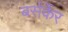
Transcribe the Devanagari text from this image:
बर्सर्केर